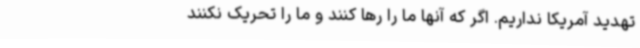
تهدید آمریکا نداریم. اگر که آنها ما را رها کنند و ما را تحریک نکنند